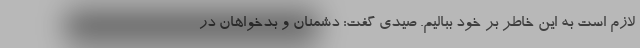
لازم است به این خاطر بر خود ببالیم. صیدی گفت: دشمنان و بدخواهان در